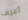
أعرف